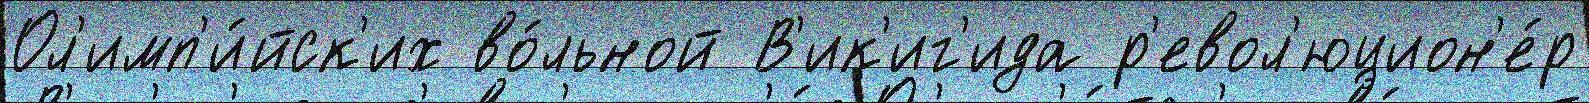
Ол'имп'и́йск'их во́льной В'ик'иг'ида р'евол'юцион'е́р